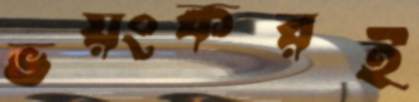
ভয়ংকরই